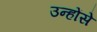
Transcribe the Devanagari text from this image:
उन्होंसे